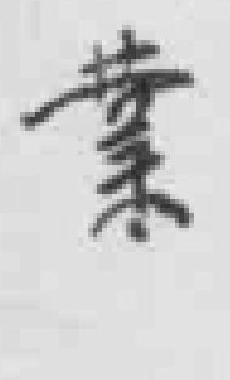
業